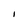
Character: I